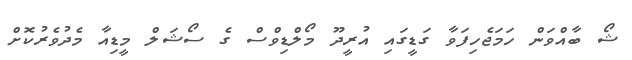
ޝޯ ބާއްވަން ހަމަޖެހިފަވާ ގަޑީގައި އުރީދޫ މޯލްޑިވްސް ގެ ސޯޝަލް މީޑިއާ މެދުވެރުކޮށް